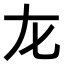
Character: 𡯃